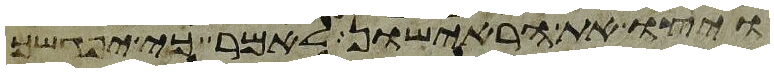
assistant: ויצו את הראישון לאמר כי יפגשך